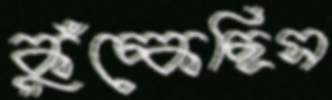
কুঁচ্‌কেছিস